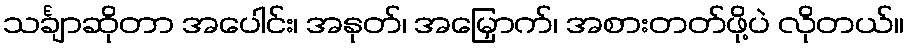
သင်္ချာဆိုတာ အပေါင်း၊ အနုတ်၊ အမြှောက်၊ အစားတတ်ဖို့ပဲ လိုတယ်။